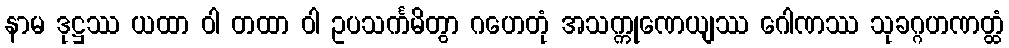
နာမ ဒုဋ္ဌဿ ယထာ ဝါ တထာ ဝါ ဥပသင်္ကမိတွာ ဂဟေတုံ အသက္ကုဏေယျဿ ဂေါဏဿ သုခဂ္ဂဟဏတ္ထံ